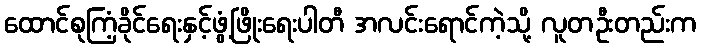
ထောင်စုကြံ့ခိုင်ရေးနှင့်ဖွံ့ဖြိုးရေးပါတီ အလင်းရောင်ကဲ့သို့ လူတဦးတည်းက